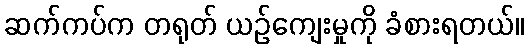
ဆက်ကပ်က တရုတ် ယဉ်ကျေးမှုကို ခံစားရတယ်။